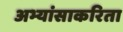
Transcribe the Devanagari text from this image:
अभ्यांसाकरिता